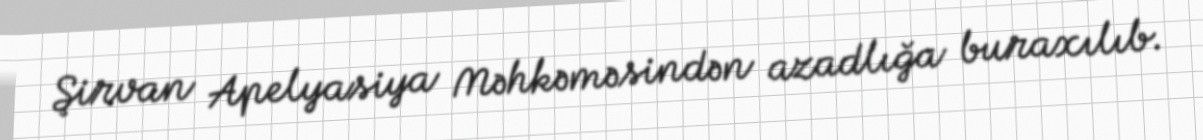
Şirvan Apelyasiya Məhkəməsindən azadlığa buraxılıb.